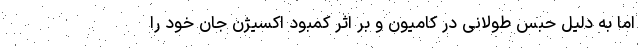
اما به دلیل حبس طولانی در کامیون و بر اثر کمبود اکسیژن جان خود را